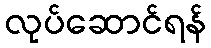
လုပ်ဆောင်ရန်